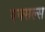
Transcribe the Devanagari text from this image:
एक्सल्स